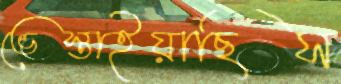
ভেস্তাইয়াছিস